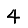
Digit: 4